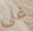
غلى